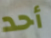
أحد